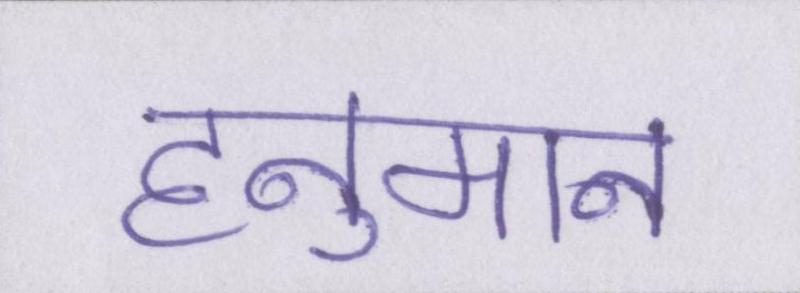
हनुमान